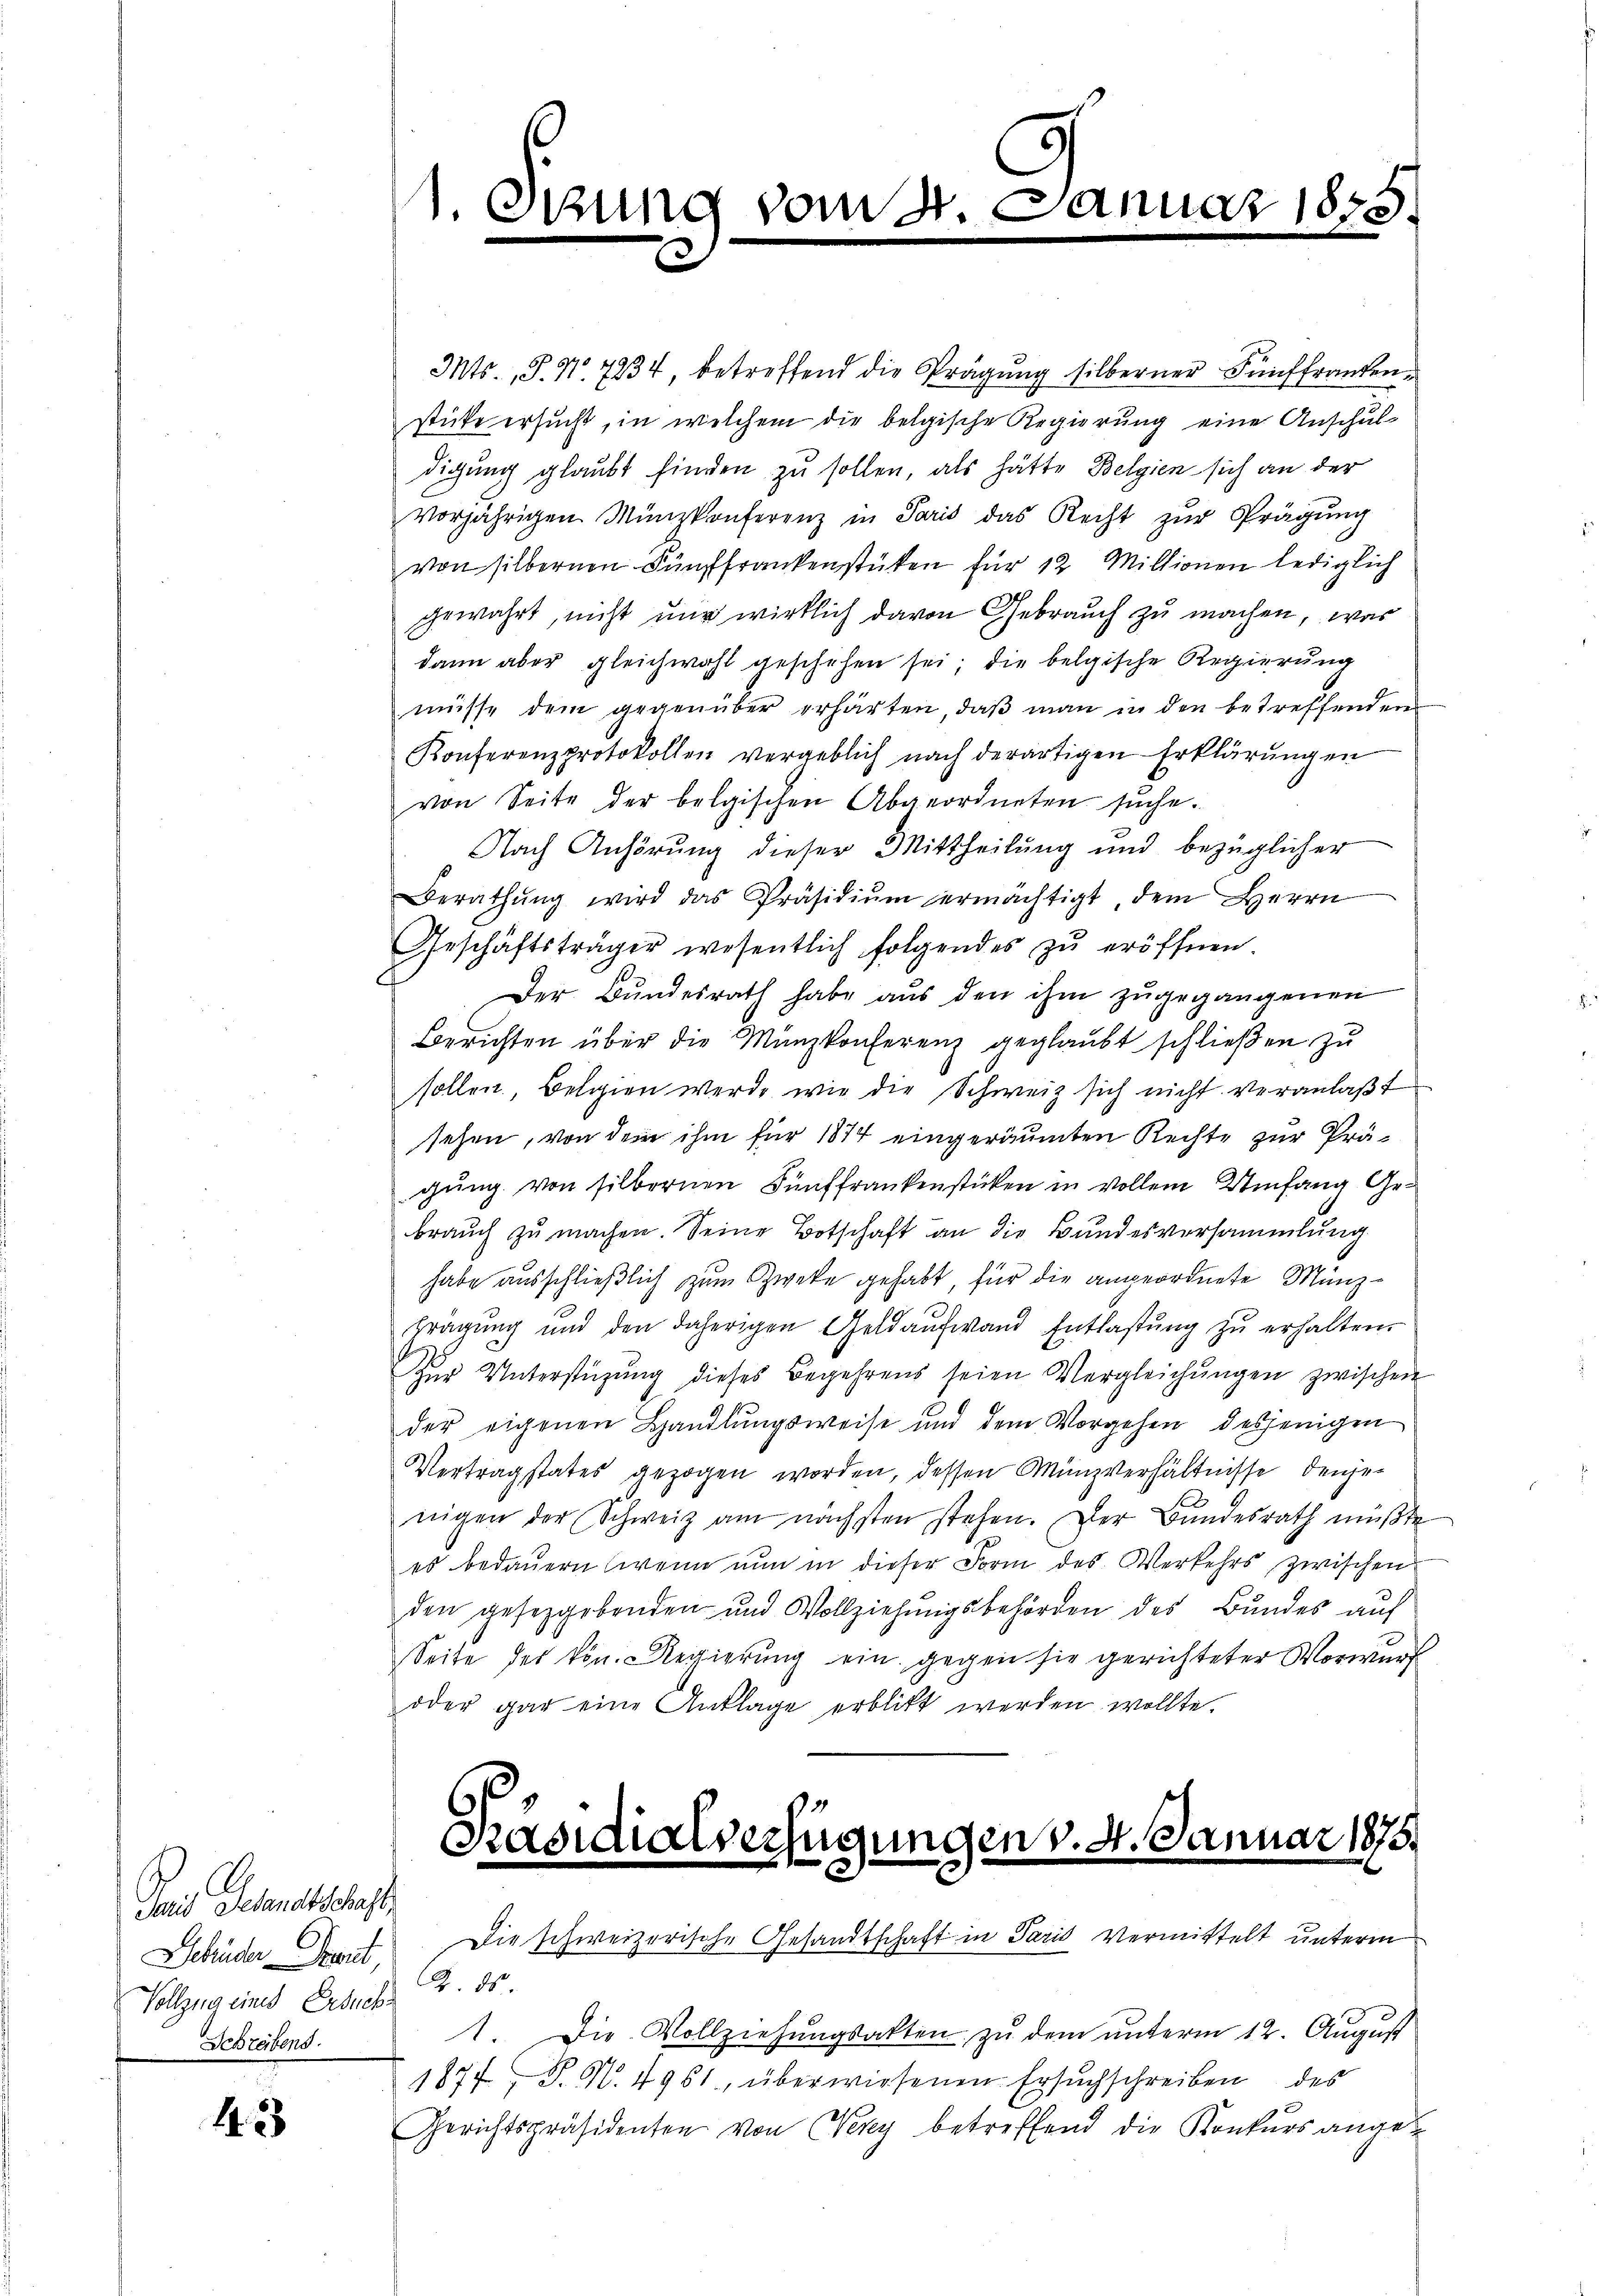
Janis Gesandtschaft
Vollzug eines Ersuch¬
Schreibens.

42

1.6

d

dant

an

5

Mts. S. N. 7234, betreffend die Prägung silberner Fünffranken
stücke ersucht, in welchem die belgische Regierung eine Anschul-
digung glaubt finden zu sollen, als hätte Belgien sich an der
vorjährigen Münzkonferenz in Paris das Recht zŭr Prägung
von silbernen Fünffrankenstüken für 12 Millionen lediglich
gewährt, nicht nur wirklich davon Gebrauch zu machen, was
dann aber gleichwohl geschehen sei; die belgische Regierung
müsse dem gegenüber erhärten, daß man in den betreffenden
Konferenzprotokollen vergeblich nach derartigen Erklärungen
von Seite der belgischen Abgeordneten suche.
Nach Anhörung dieser Mittheilung und bezüglicher
Berathŭng wird das Präsidiŭm ermächtigt, dem Herrn
Geschäftsträger wesentlich folgendes zŭ eröffnen.
Der Bundesrath habe aus den ihm zŭgegangenen
Berichten über die Münzkonferenz geglaubt schließen zu
sollen, Belgien werde, wie die Schweiz sich nicht veranlaßt
sehen, von dem ihm für 1874 eingeräumten Rechte zur Prägung von silbernen Fünffrankenstücken in vollem Umfang Gebrauch zu machen. Seine Botschaft an die Bundesversammlung
habe ausschließlich zum Zweke gehabt, für die angeordnete Münzbrägung und den daherigen Geldaufwand Entlastŭng zŭ erhalten.
Zŭr Unterstüzung dieses Begehrens seien Vergleichŭngen zwischen
der eigenen Handlungsweise und dem Vorgehen desjenigen
Vertragstates gezogen worden, dessen Münzverhältnisse denjenigen der Schweiz am nächsten stehen. Der Bundesrath müßte
es bedauern (wenn nun in dieser Form des Verkehrs zwischen
den gesetzgebenden und Vollziehŭngsbehörden des Bŭndes aŭf
Seite des kön. Regierung ein gegen sie gerichteter Vorwurf
oder gar eine Anklage erblickt werden wollte.

Präsidialverfügungen v. 4. Januar 1875.
Gebrüder Braut, die schweizerische Gesandtschaft in Paris vermittelt unterm

2. ds
1. Die Vollziehungsakten zu dem unterm 12. August
1877 P. N. 4951, überwiesenen Ersuchschreiben des
Gerichtspräsidenten von Neky betreffend die Konkurs angez